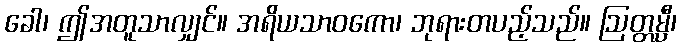
ခေါ၊ ဤအတူသာလျှင်။ အရိယသာဝကော၊ ဘုရားတပည့်သည်။ ဩတ္တမ္ပီ၊